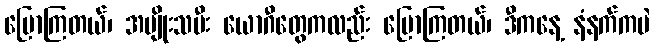
ပြောကြတယ်၊ အမျိုးသမီး ယောဂီတွေကလည်း ပြောကြတယ်၊ ဒီကနေ့ နံနက်ကပဲ